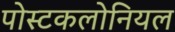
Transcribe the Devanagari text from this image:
पोस्टकलोनियल